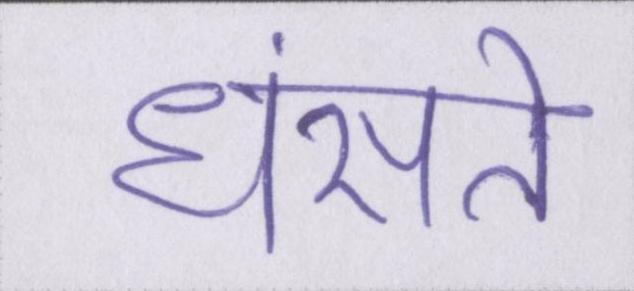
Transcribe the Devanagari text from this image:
धंसते